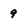
Character: 9